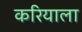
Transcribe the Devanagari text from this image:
करियाला